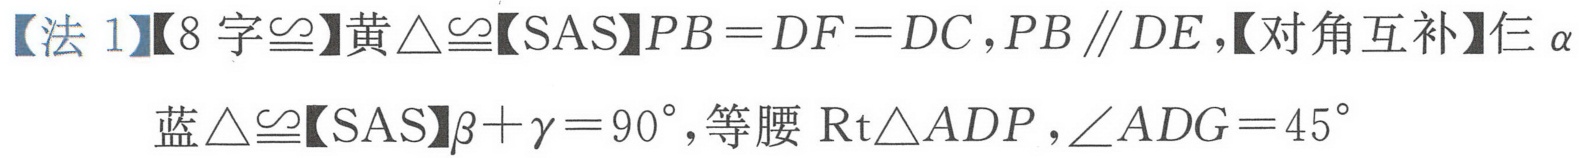
【法 1】【8 字\(\cong\)】黄\(\triangle\cong\)【SAS】\(PB = DF = DC\)，\(PB\parallel DE\)，【对角互补】仨\(\alpha\)
蓝\(\triangle\cong\)【SAS】\(\beta+\gamma = 90^{\circ}\)，等腰\(\text{Rt}\triangle ADP\)，\(\angle ADG = 45^{\circ}\)